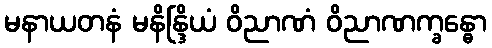
မနာယတနံ မနိန္ဒြိယံ ဝိညာဏံ ဝိညာဏက္ခန္ဓော